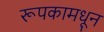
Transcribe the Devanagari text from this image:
रूपकामधून